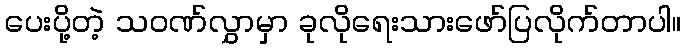
ပေးပို့တဲ့ သဝဏ်လွှာမှာ ခုလိုရေးသားဖော်ပြလိုက်တာပါ။